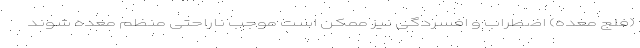
(فلج معده) اضطراب و افسردگی نیز ممکن است موجب ناراحتی منظم معده شوند